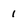
Character: 1